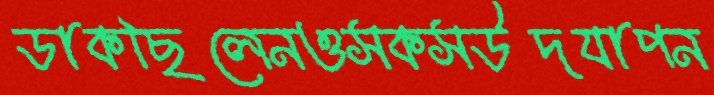
ডাকছিলেনওসকসউদযাপন